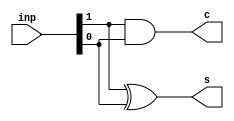
module ha(inp,s,c);
input [1:0]inp;
output  s,c;
assign s = inp[1]^inp[0];
assign c = inp[1]&inp[0];
endmodule